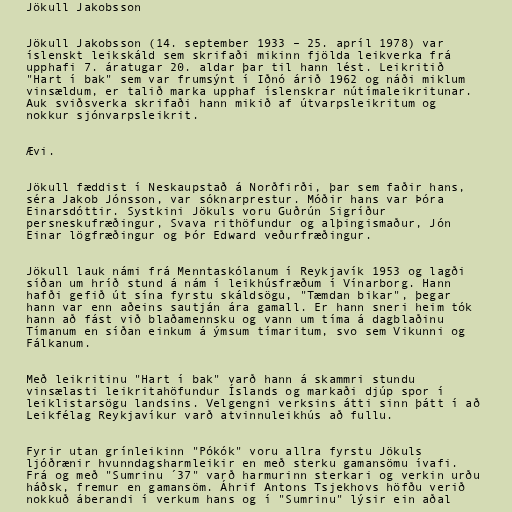
Jökull Jakobsson

Jökull Jakobsson (14. september 1933 – 25. apríl 1978) var
íslenskt leikskáld sem skrifaði mikinn fjölda leikverka frá
upphafi 7. áratugar 20. aldar þar til hann lést. Leikritið
"Hart í bak" sem var frumsýnt í Iðnó árið 1962 og náði miklum
vinsældum, er talið marka upphaf íslenskrar nútímaleikritunar.
Auk sviðsverka skrifaði hann mikið af útvarpsleikritum og
nokkur sjónvarpsleikrit.

Ævi.

Jökull fæddist í Neskaupstað á Norðfirði, þar sem faðir hans,
séra Jakob Jónsson, var sóknarprestur. Móðir hans var Þóra
Einarsdóttir. Systkini Jökuls voru Guðrún Sigríður
persneskufræðingur, Svava rithöfundur og alþingismaður, Jón
Einar lögfræðingur og Þór Edward veðurfræðingur.

Jökull lauk námi frá Menntaskólanum í Reykjavík 1953 og lagði
síðan um hríð stund á nám í leikhúsfræðum í Vínarborg. Hann
hafði gefið út sína fyrstu skáldsögu, "Tæmdan bikar", þegar
hann var enn aðeins sautján ára gamall. Er hann sneri heim tók
hann að fást við blaðamennsku og vann um tíma á dagblaðinu
Tímanum en síðan einkum á ýmsum tímaritum, svo sem Vikunni og
Fálkanum.

Með leikritinu "Hart í bak" varð hann á skammri stundu
vinsælasti leikritahöfundur Íslands og markaði djúp spor í
leiklistarsögu landsins. Velgengni verksins átti sinn þátt í að
Leikfélag Reykjavíkur varð atvinnuleikhús að fullu.

Fyrir utan grínleikinn "Pókók" voru allra fyrstu Jökuls
ljóðrænir hvunndagsharmleikir en með sterku gamansömu ívafi.
Frá og með "Sumrinu ´37" varð harmurinn sterkari og verkin urðu
háðsk, fremur en gamansöm. Áhrif Antons Tsjekhovs höfðu verið
nokkuð áberandi í verkum hans og í "Sumrinu" lýsir ein aðal